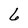
Character: 6